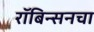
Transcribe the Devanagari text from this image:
रॉबिन्सनचा